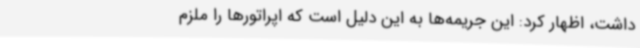
داشت، اظهار کرد: این جریمه‌ها به این دلیل است که اپراتورها را ملزم